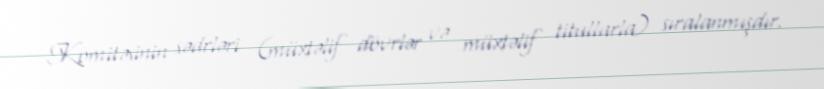
Komitəsinin sədrləri (müxtəlif dövrlər və müxtəlif titullarla) sıralanmışdır.